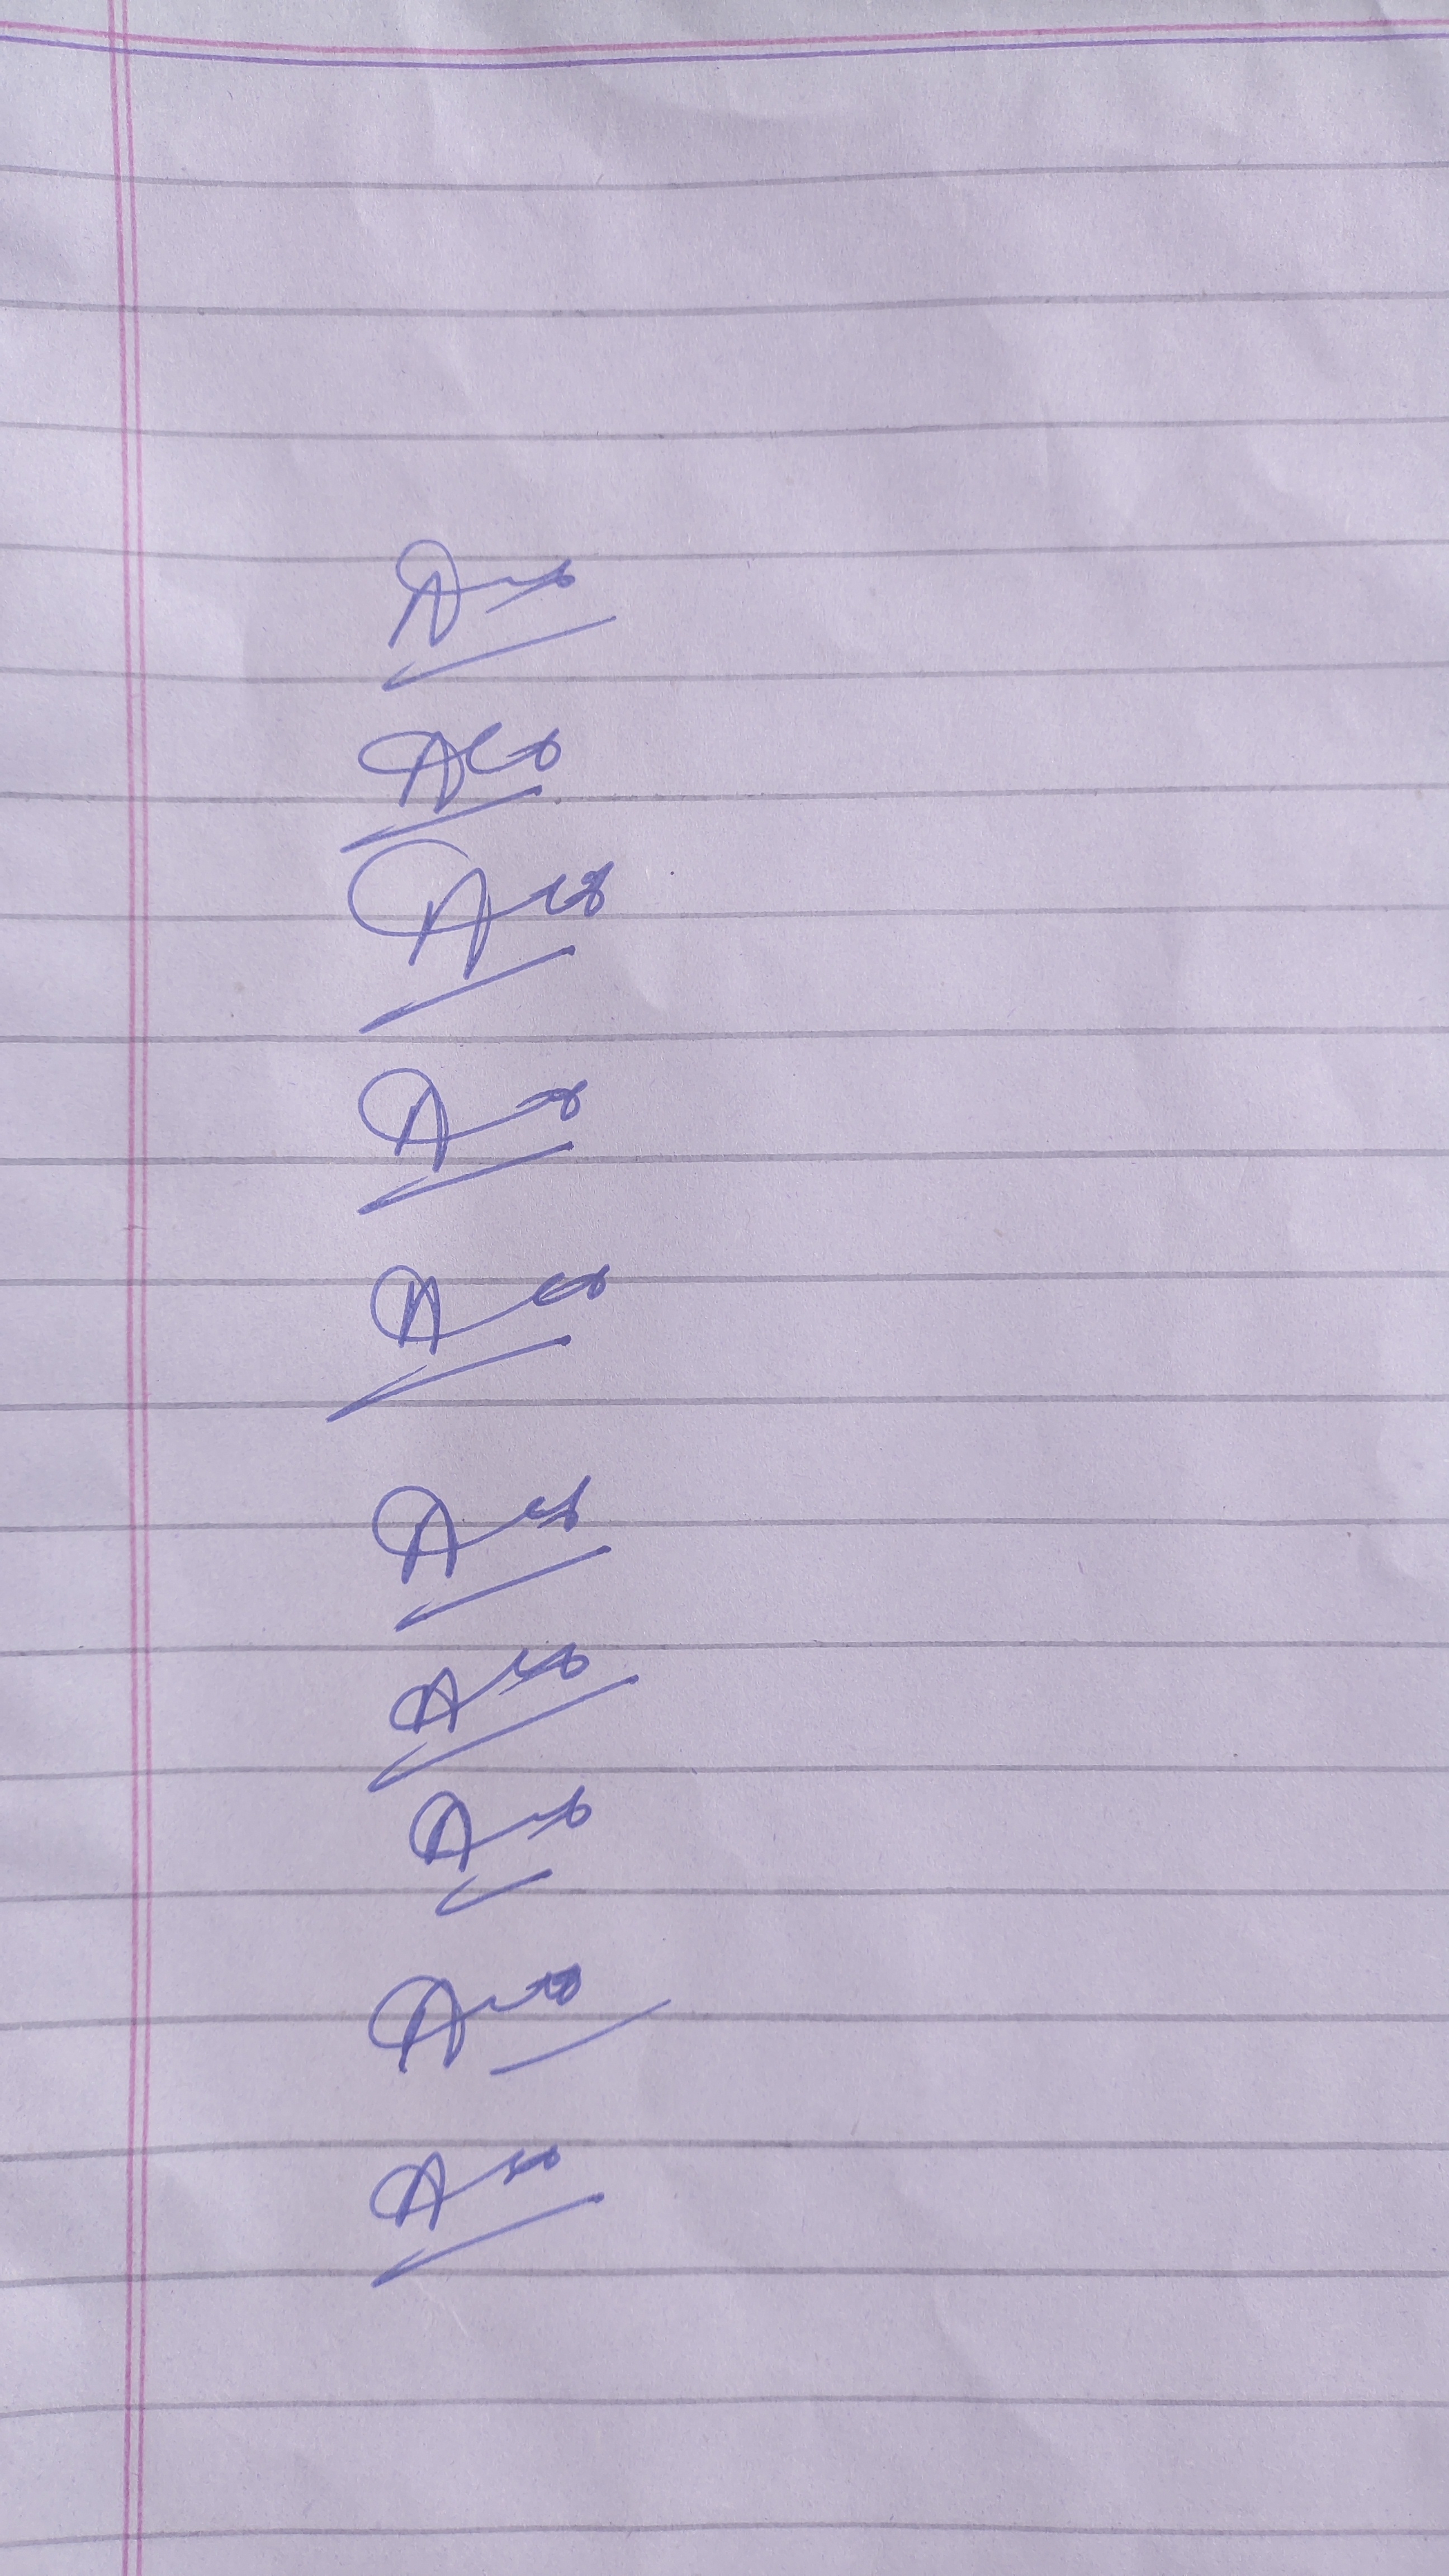
Signature authenticity: forged